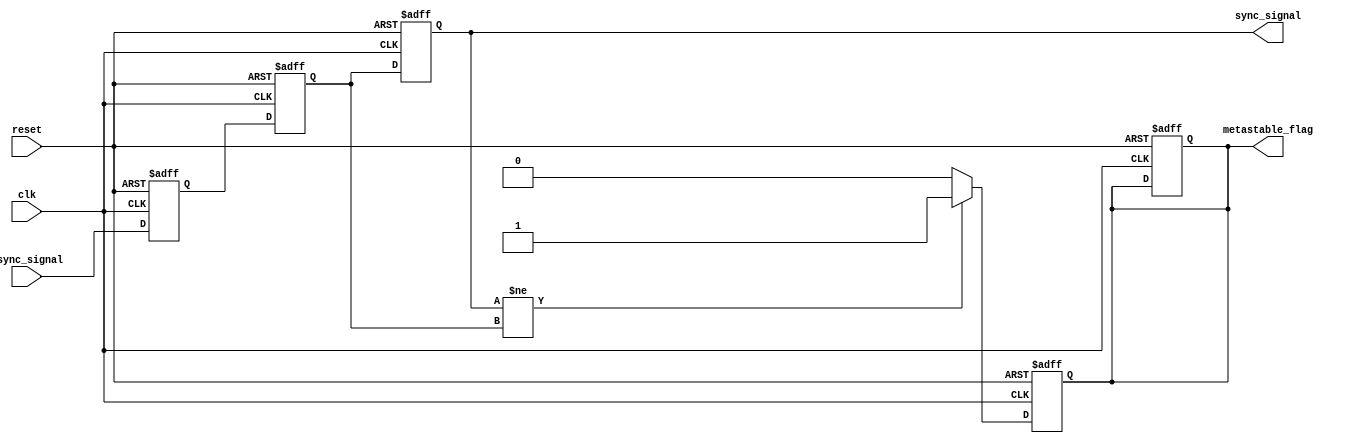
module metastability_detector (
    input wire clk,               // Clock signal
    input wire reset,             // Reset signal
    input wire async_signal,      // Asynchronous input signal
    output reg sync_signal,       // Synchronized output signal
    output reg metastable_flag     // Metastability indicator
);

    // Internal signals
    reg ff1;                      // Output of the first flip-flop
    reg ff2;                      // Output of the second flip-flop

    // D Flip-Flop 1: Sample async_signal
    always @(posedge clk or posedge reset) begin
        if (reset) begin
            ff1 <= 1'b0;          // Initialize to known state
        end else begin
            ff1 <= async_signal;  // Capture async_signal
        end
    end

    // D Flip-Flop 2: Sample output of ff1
    always @(posedge clk or posedge reset) begin
        if (reset) begin
            ff2 <= 1'b0;          // Initialize to known state
            sync_signal <= 1'b0;  // Initialize sync_signal
            metastable_flag <= 1'b0; // Clear metastability flag
        end else begin
            ff2 <= ff1;           // Capture output of ff1
            sync_signal <= ff2;   // Update the synchronized output
        end
    end

    // Metastability detection logic
    always @(posedge clk or posedge reset) begin
        if (reset) begin
            metastable_flag <= 1'b0; // Clear metastability flag
        end else begin
            // Check for unexpected change in sync_signal
            if (sync_signal != ff2) begin
                metastable_flag <= 1'b1; // Indicate potential metastability
            end else begin
                metastable_flag <= 1'b0; // Clear flag if stable
            end
        end
    end

endmodule